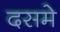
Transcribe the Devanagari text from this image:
दसमे